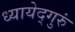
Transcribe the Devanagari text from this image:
ध्यायेद्गुरुं